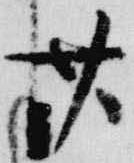
廿